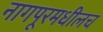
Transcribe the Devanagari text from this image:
नागपूरमधीलच